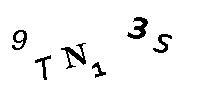
9TN13S